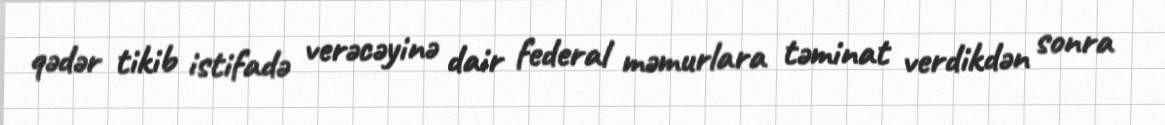
qədər tikib istifadə verəcəyinə dair federal məmurlara təminat verdikdən sonra